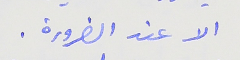
الا عند الضرورة .